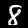
Label: 8